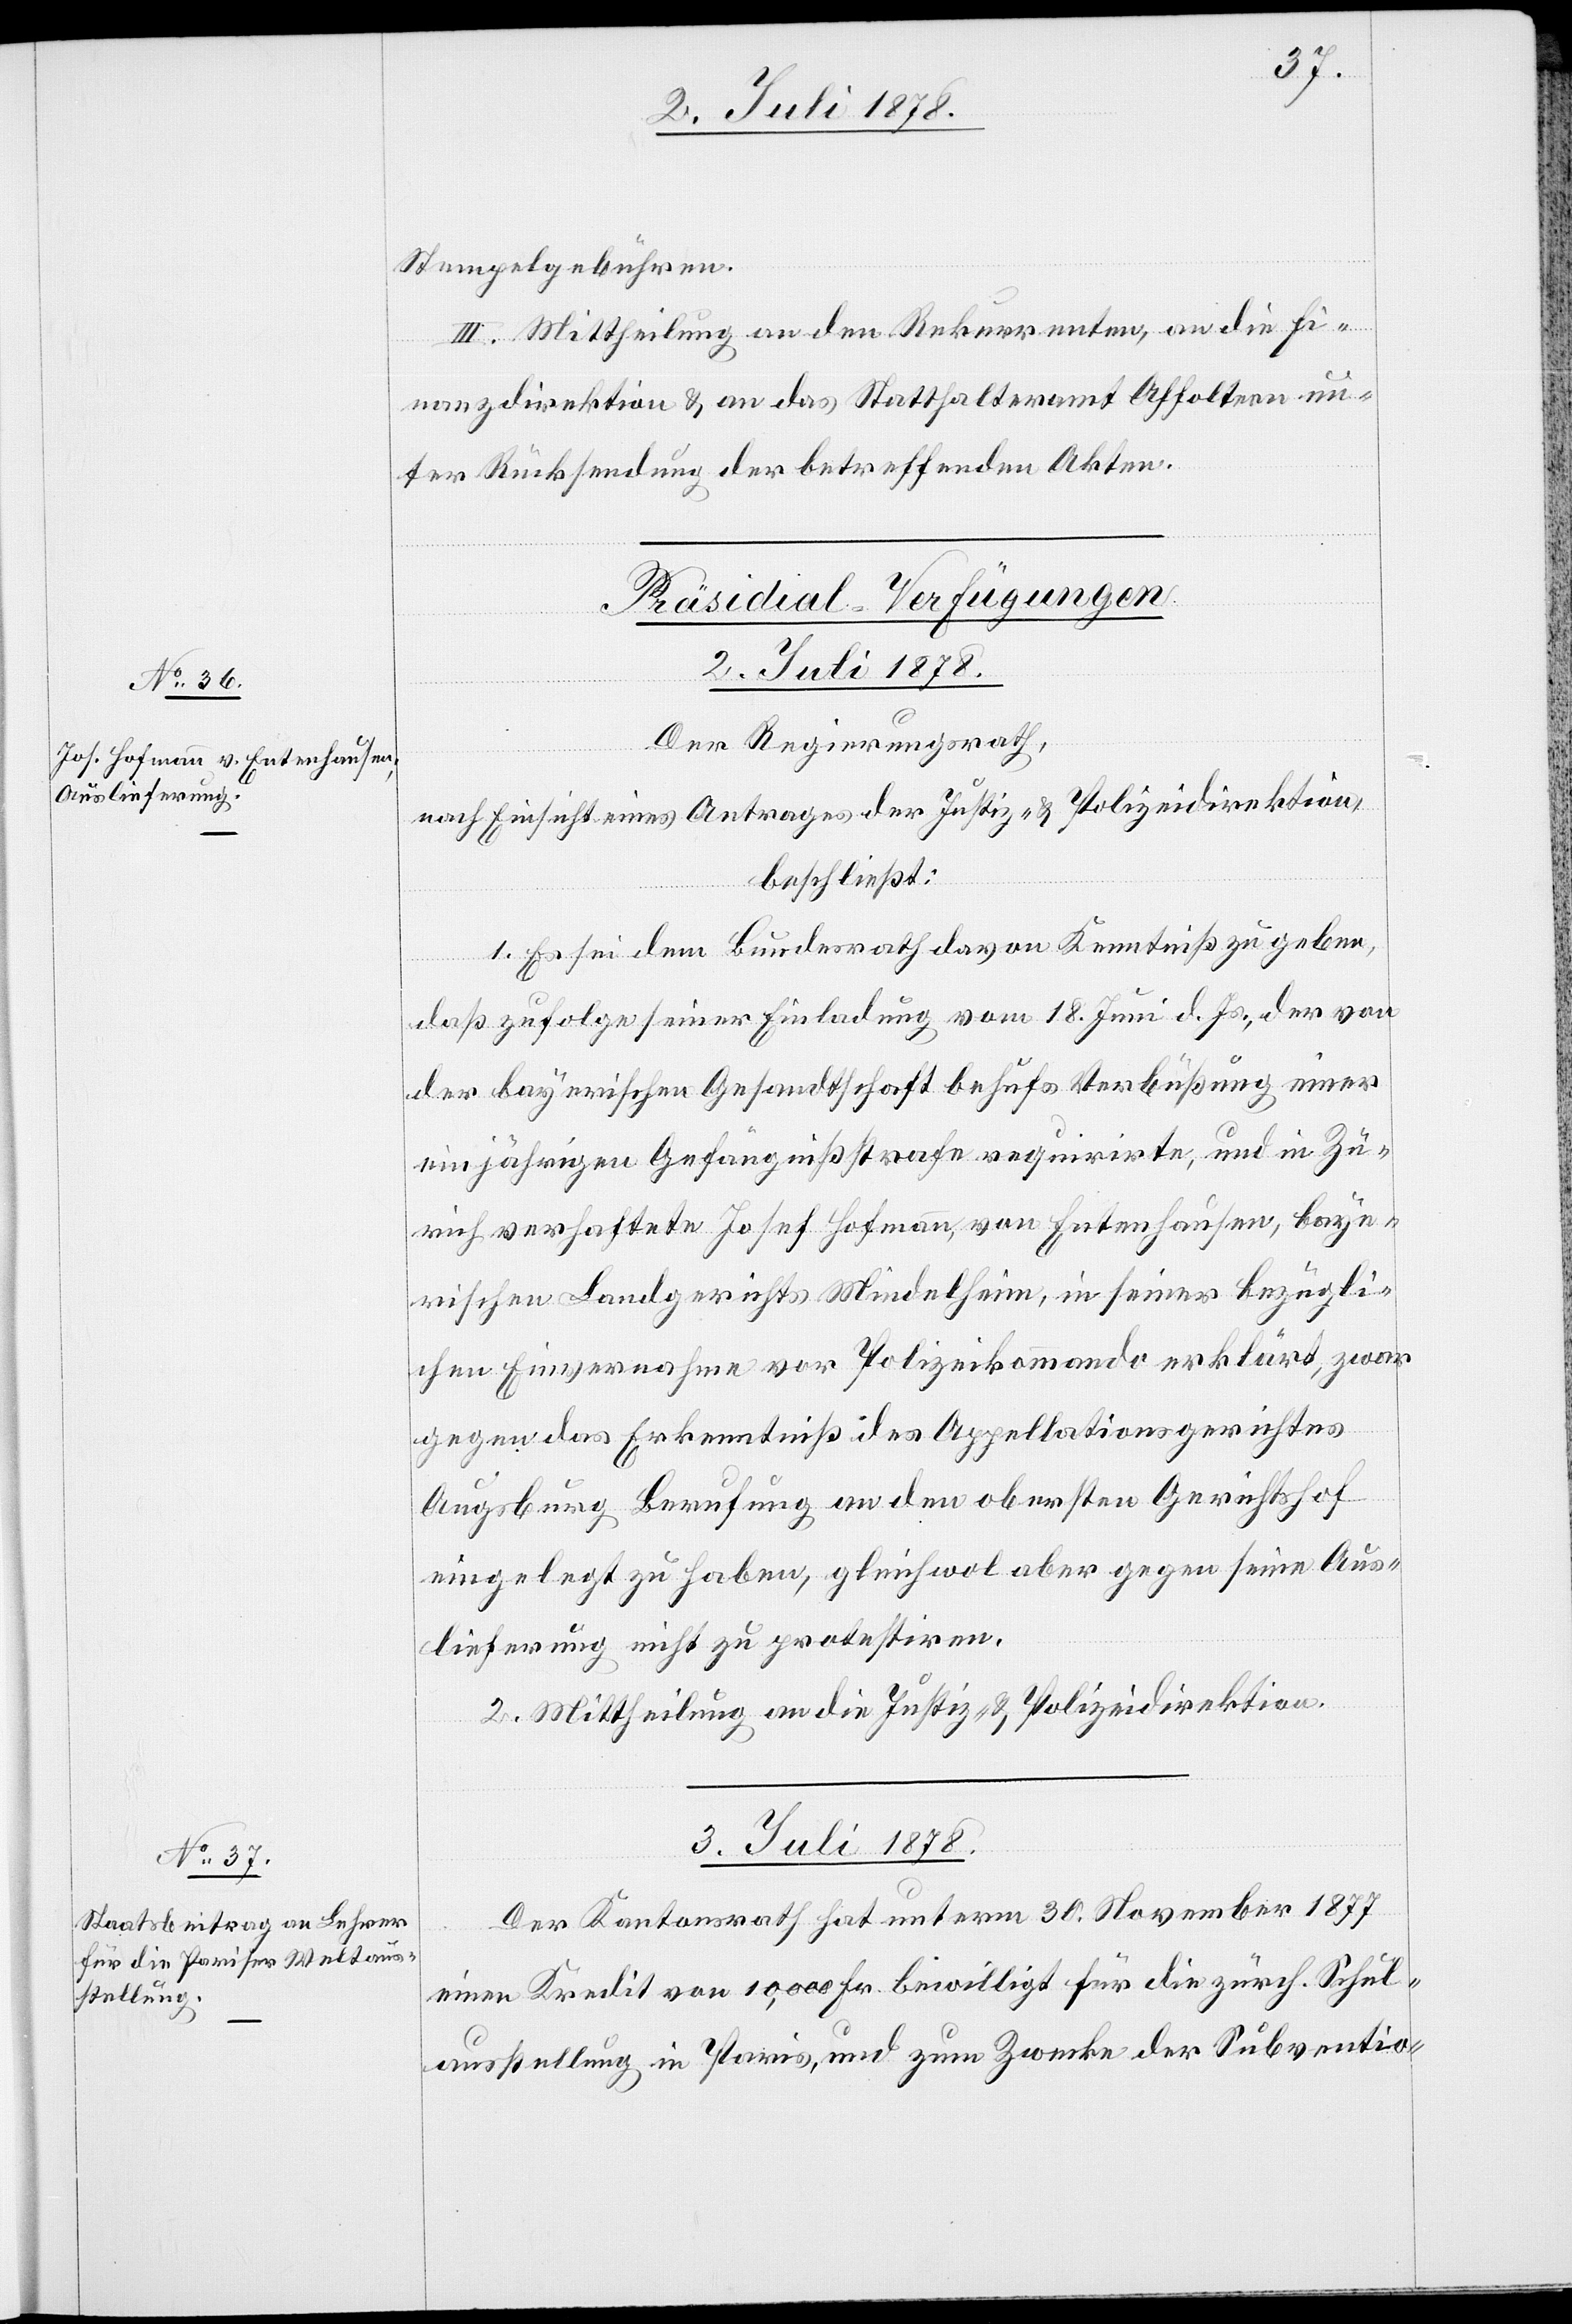
Stempelgebühren.
III. Mittheilung an den Rekurrenten, an die Fi¬
nanzdirektion & an das Statthalteramt Affoltern un¬
ter Rücksendung der betreffenden Akten.
[Präsidial-Verfügungen]
3. Juli 1878.
Der Regierungsrath,
nach Einsicht eines Antrages der Justiz- & Polizeidirektion,
beschließt:
1. Es sei dem Bundesrath davon Kenntniß zu geben,
daß zufolge seiner Einladung vom 18. Juni d. Js., der von
der bayerischen Gesandtschaft behufs Verübung einer
einjährigen Gefängnißstrafe requirirte, und in Zü¬
rich verhaftete Josef Hofmann, von Entenhausen, baye¬
rischen Landgerichts Mindelheim, in seiner bezügli¬
chen Einvernahme vor Polizeikommando erklärt, zwar
gegen das Erkenntniß des Appellationsgerichtes
Augsburg Berufung an den obersten Gerichtshof
eingelegt zu haben, gleichwol aber gegen seine Aus¬
lieferung nicht zu protestiren.
2. Mittheilung an die Justiz- & Polizeidirektion.
Der Kantonsrath hat unterm 30. November 1877
einen Kredit von 10,000 Fr. bewilligt für die zürch. Schul¬
ausstellung in Paris, und zum Zwecke der Subventio-